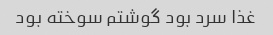
غذا سرد بود گوشتم سوخته بود